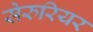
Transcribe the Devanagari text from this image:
सेरुरियर